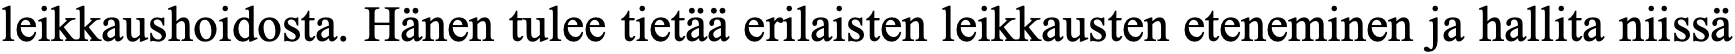
leikkaushoidosta. Hänen tulee tietää erilaisten leikkausten eteneminen ja hallita niissä